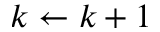
k \gets k + 1